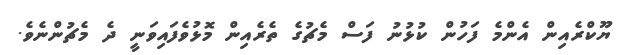
ޔޫކްރެއިން އެންމެ ފަހުން ކުޅުނު ފަސް މެޗުގެ ތެރެއިން މޮޅުވެފައިވަނީ ދެ މެޗުންނެވެ.